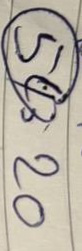
(54) = 20